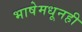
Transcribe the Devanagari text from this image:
भाषेमधूनही